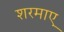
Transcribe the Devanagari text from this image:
शरमाए